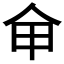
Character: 𠇚